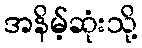
အနိမ့်ဆုံးသို့